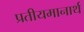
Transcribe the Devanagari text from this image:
प्रतीयमानार्थ